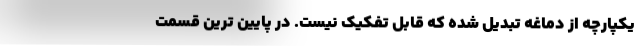
یکپارچه از دماغه تبدیل شده که قابل تفکیک نیست. در پایین ترین قسمت